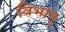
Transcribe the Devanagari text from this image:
विभानू